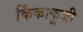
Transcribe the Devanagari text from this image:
किंकाकूजी